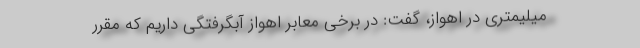
میلیمتری در اهواز، گفت: در برخی معابر اهواز آبگرفتگی داریم که مقرر